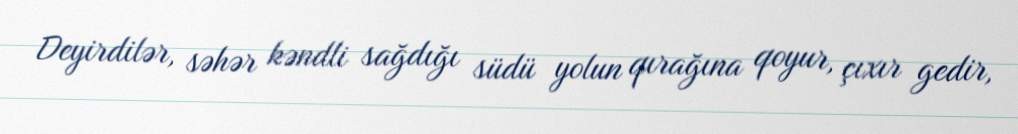
Deyirdilər, səhər kəndli sağdığı südü yolun qırağına qoyur, çıxır gedir,